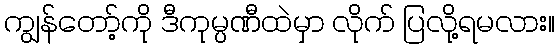
ကျွန်တော့်ကို ဒီကုမ္ပဏီထဲမှာ လိုက် ပြလို့ရမလား။